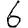
Digit: 6